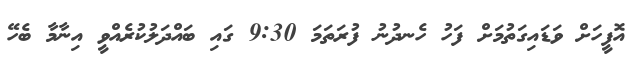
އޮފީހަށް ވަޑައިގަތުމަށް ފަހު ހެނދުނު ފުރަތަމަ 9:30 ގައި ބައްދަލުކުރެއްވީ އިނާމާ ބެހޭ